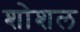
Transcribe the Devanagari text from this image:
शोशल